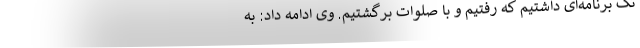
تک برنامه‌ای داشتیم که رفتیم و با صلوات برگشتیم. وی ادامه داد: به